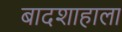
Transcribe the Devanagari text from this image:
बादशाहाला